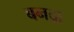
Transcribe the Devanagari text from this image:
बनद्रा